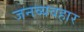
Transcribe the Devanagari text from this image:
जनव्यवहार